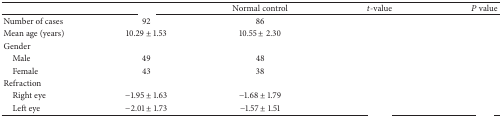
<table><thead><tr><td>[EMPTY_CELL]</td><td>[EMPTY_CELL]</td><td><b>Normal control</b></td><td><b><i>t</i>-value</b></td><td><b><i>P</i> value</b></td></tr></thead><tbody><tr><td>Number of cases</td><td>92</td><td>86</td><td>[EMPTY_CELL]</td><td>[EMPTY_CELL]</td></tr><tr><td>Mean age (years)</td><td>10.29 ± 1.53</td><td>10.55 ± 2.30</td><td>[EMPTY_CELL]</td><td>[EMPTY_CELL]</td></tr><tr><td>Gender</td><td>[EMPTY_CELL]</td><td>[EMPTY_CELL]</td><td>[EMPTY_CELL]</td><td>[EMPTY_CELL]</td></tr><tr><td> Male</td><td>49</td><td>48</td><td rowspan="2">[EMPTY_CELL]</td><td rowspan="2">[EMPTY_CELL]</td></tr><tr><td> Female</td><td>43</td><td>38</td></tr><tr><td>Refraction</td><td>[EMPTY_CELL]</td><td>[EMPTY_CELL]</td><td>[EMPTY_CELL]</td><td>[EMPTY_CELL]</td></tr><tr><td> Right eye</td><td>−1.95 ± 1.63</td><td>−1.68 ± 1.79</td><td>[EMPTY_CELL]</td><td>[EMPTY_CELL]</td></tr><tr><td> Left eye</td><td>−2.01 ± 1.73</td><td>−1.57 ± 1.51</td><td>[EMPTY_CELL]</td><td>[EMPTY_CELL]</td></tr></tbody></table>